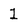
Character: 1